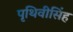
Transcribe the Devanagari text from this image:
पृथिवीसिंह